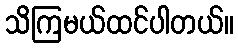
သိကြမယ်ထင်ပါတယ်။